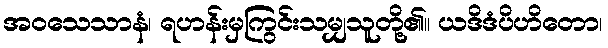
အဝသေသာနံ၊ ရဟန်းမှကြွင်းသမျှသူတို့၏။ ယဒိဒံပိဟိတော၊